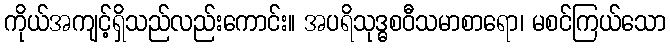
ကိုယ်အကျင့်ရှိသည်လည်းကောင်း။ အပရိသုဒ္ဓစဝီသမာစာရော၊ မစင်ကြယ်သော